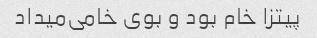
پیتزا خام بود و بوی خامی‌میداد